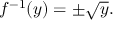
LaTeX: f ^ { - 1 } ( y ) = \pm { \sqrt { y } } .